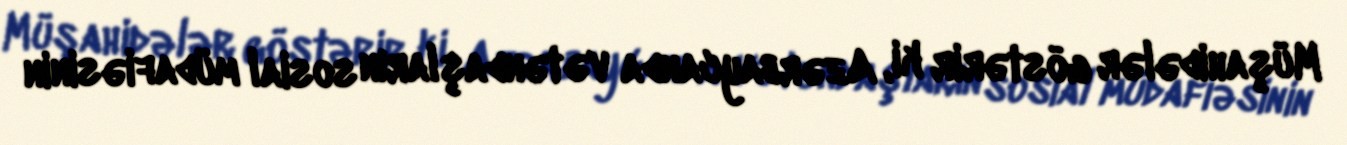
Müşahidələr göstərir ki, Azərbaycanda vətəndaşların sosial müdafiəsinin